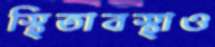
স্থিতাবস্থাও